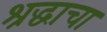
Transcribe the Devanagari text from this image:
श्रद्धाचा